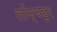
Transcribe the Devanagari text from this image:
लॉन्चहुए